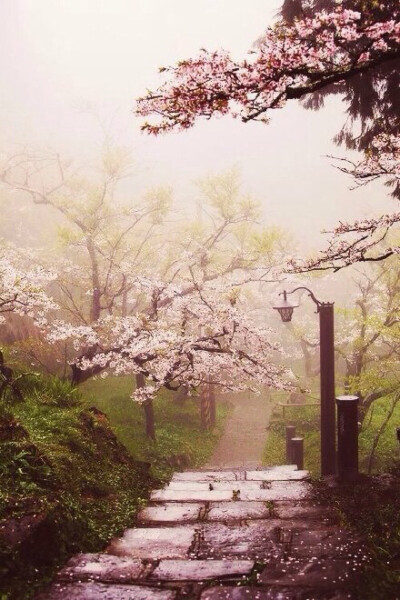
锦里开芳宴，兰缸艳早年。